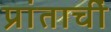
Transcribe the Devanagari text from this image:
प्रांताचीं